Annual report of the Imperial Bacteriologist
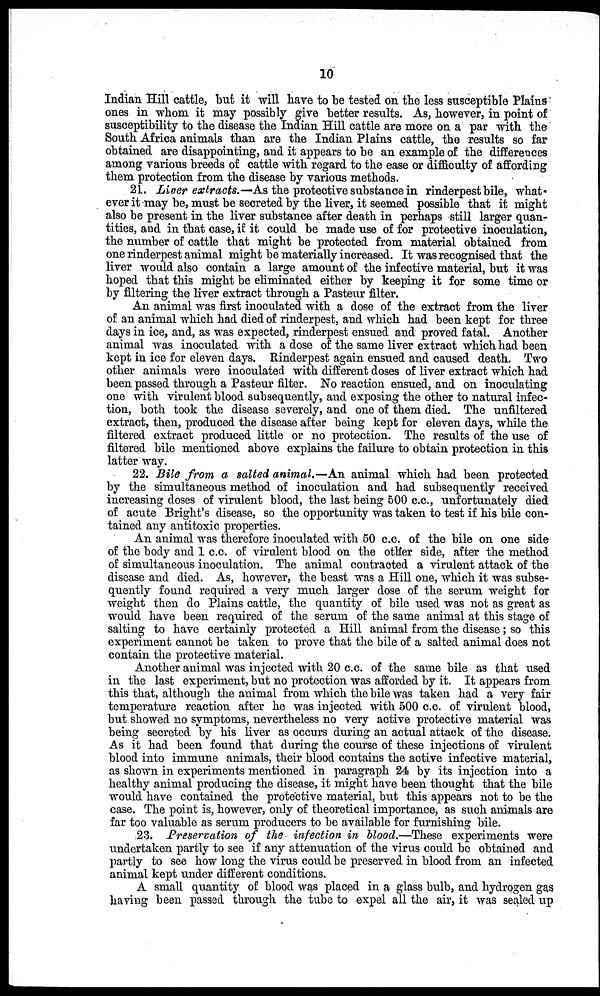
10
Indian Hill cattle, but it will have to be tested on the less susceptible Plains
ones in whom it may possibly give better results. As, however, in point of
susceptibility to the disease the Indian Hill cattle are more on a par with the
South Africa animals than are the Indian Plains cattle, the results so far
obtained are disappointing, and it appears to be an example of the differences
among various breeds of cattle with regard to the ease or difficulty of affording
them protection from the disease by various methods.
21. Liver extracts.-—As the protective substance in rinderpest bile, what-
ever it may be, must be secreted by the liver, it seemed possible that it might
also be present in the liver substance after death in perhaps still larger quan¬
tities, and in that case, if it could be made use of for protective inoculation,
the number of cattle that might be protected from material obtained from
one rinderpest animal might be materially increased. It was recognised that the
liver would also contain a large amount of the infective material, but it was
hoped that this might be eliminated either by keeping it for some time or
by filtering the liver extract through a Pasteur filter.
An animal was first inoculated with a dose of the extract from the liver
of an animal which had died of rinderpest, and which had been kept for three
days in ice, and, as was expected, rinderpest ensued and proved fatal. Another
animal was inoculated with a dose of the same liver extract which had been
kept in ice for eleven days. Rinderpest again ensued and caused death. Two
other animals were inoculated with different doses of liver extract which had
been passed through a Pasteur filter. No reaction ensued, and on inoculating
one with virulent blood subsequently, and exposing the other to natural infec-
tion, both took the disease severely, and one of them died. The unfiltered
extract, then, produced the disease after being kept for eleven days, while the
filtered extract produced little or no protection. The results of the use of
filtered bile mentioned above explains the failure to obtain protection in this
latter way.
22. Bile from a salted animal.—An animal which had been protected
by the simultaneous method of inoculation and had subsequently received
increasing doses of virulent blood, the last being 500 c.c., unfortunately died
of acute Bright's disease, so the opportunity was taken to test if his bile con-
tained any antitoxic properties.
An animal was therefore inoculated with 50 c.c. of the bile on one side
of the body and 1 c.c. of virulent blood on the other side, after the method
of simultaneous inoculation. The animal contracted a virulent attack of the
disease and died. As, however, the beast was a Hill one, which it was subse-
quently found required a very much larger dose of the serum weight for
weight then do Plains cattle, the quantity of bile used was not as great as
would have been required of the serum of the same animal at this stage of
salting to have certainly protected a Hill animal from the disease; so this
experiment cannot be taken to prove that the bile of a salted animal does not
contain the protective material.
Another animal was injected with 20 c.c. of the same bile as that used
in the last experiment, but no protection was afforded by it. It appears from
this that, although the animal from which the bile was taken had a very fair
temperature reaction after he was injected with 500 c.c. of virulent blood,
but showed no symptoms, nevertheless no very active protective material was
being secreted by his liver as occurs during an actual attack of the disease.
As it had been found that during the course of these injections of virulent
blood into immune animals, their blood contains the active infective material,
as shown in experiments mentioned in paragraph 24 by its injection into a
healthy animal producing the disease, it might have been thought that the bile
would have contained the protective material, but this appears not to be the
case. The point is, however, only of theoretical importance, as such animals are
far too valuable as serum producers to be available for furnishing bile.
23. Preservation of the infection in blood.—These experiments were
undertaken partly to see if any attenuation of the virus could be obtained and
partly to see how long the virus could be preserved in blood from an infected
animal kept under different conditions.
A small quantity of blood was placed in a glass bulb, and hydrogen gas
having been passed through the tube to expel all the air, it was sealed up